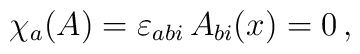
\chi_a (A) = \varepsilon_{abi}\,A_{bi}(x) = 0\,,